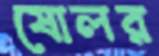
ষোলর